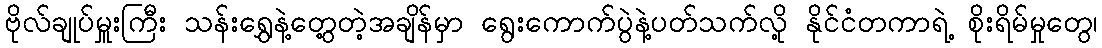
ဗိုလ်ချုပ်မှူးကြီး သန်းရွှေနဲ့တွေ့တဲ့အချိန်မှာ ရွေးကောက်ပွဲနဲ့ပတ်သက်လို့ နိုင်ငံတကာရဲ့ စိုးရိမ်မှုတွေ၊